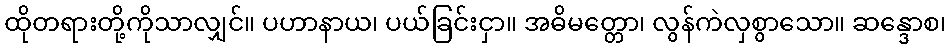
ထိုတရားတို့ကိုသာလျှင်။ ပဟာနာယ၊ ပယ်ခြင်းငှာ။ အဓိမတ္တော၊ လွန်ကဲလှစွာသော။ ဆန္ဒောစ၊